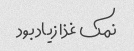
نمک غذا زیاد بود